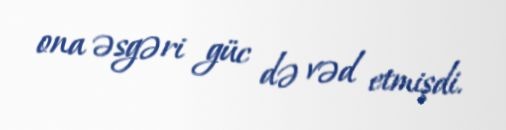
ona əsgəri güc də vəd etmişdi.